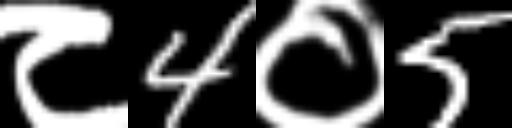
Text: ८4०5